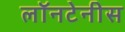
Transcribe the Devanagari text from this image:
लॉनटेनीस